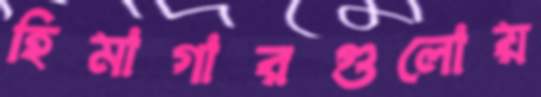
হিমাগারগুলোয়